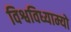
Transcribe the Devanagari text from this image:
विश्वविध्याम्यो